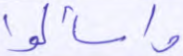
واسألوا